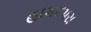
હામદપરા